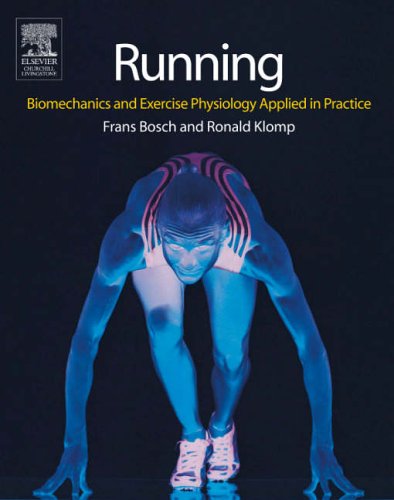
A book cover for Running: Biomechanics and Exercise Physiology in Practice, 1e; Frans Bosch HBO  BSc; Humor & Entertainment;